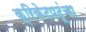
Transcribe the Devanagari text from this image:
क्रिकेटपटूंचा